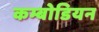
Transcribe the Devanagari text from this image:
कम्बोडियन